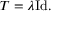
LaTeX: T = \lambda { \mathrm { I d } } .